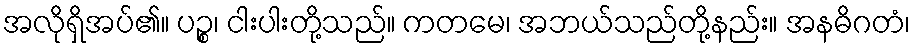
အလိုရှိအပ်၏။ ပဉ္စ၊ ငါးပါးတို့သည်။ ကတမေ၊ အဘယ်သည်တို့နည်း။ အနဓိဂတံ၊